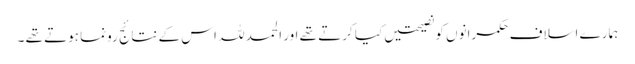
ہمارے اسلاف حکمرانوں کو نصیحتیں کیا کرتے تھے اور الحمد للہ اس کے نتائج رونما ہوتے تھے ۔